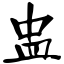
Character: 盅